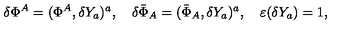
\delta \Phi ^ { A } = ( \Phi ^ { A } , \delta Y _ { a } ) ^ { a } , \quad \delta \bar { \Phi } _ { A } = ( \bar { \Phi } _ { A } , \delta Y _ { a } ) ^ { a } , \quad \varepsilon ( \delta Y _ { a } ) = 1 ,